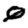
Digit: 0